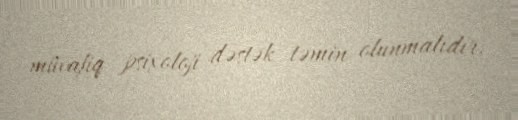
müvafiq psixoloji dəstək təmin olunmalıdır.